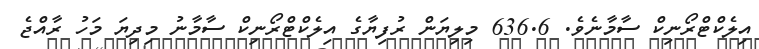
އިލެކްޓްރޯނިކް ސާމާނެވެ. 636.6 މިލިޔަން ރުފިޔާގެ އިލެކްޓްރޯނިކް ސާމާނު މިދިޔަ މަހު ރާއްޖެ